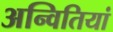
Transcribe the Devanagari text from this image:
अन्वितियां